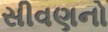
સીવણનો